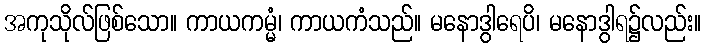
အကုသိုလ်ဖြစ်သော။ ကာယကမ္မံ၊ ကာယကံသည်။ မနောဒွါရေပိ၊ မနောဒွါရ၌လည်း။